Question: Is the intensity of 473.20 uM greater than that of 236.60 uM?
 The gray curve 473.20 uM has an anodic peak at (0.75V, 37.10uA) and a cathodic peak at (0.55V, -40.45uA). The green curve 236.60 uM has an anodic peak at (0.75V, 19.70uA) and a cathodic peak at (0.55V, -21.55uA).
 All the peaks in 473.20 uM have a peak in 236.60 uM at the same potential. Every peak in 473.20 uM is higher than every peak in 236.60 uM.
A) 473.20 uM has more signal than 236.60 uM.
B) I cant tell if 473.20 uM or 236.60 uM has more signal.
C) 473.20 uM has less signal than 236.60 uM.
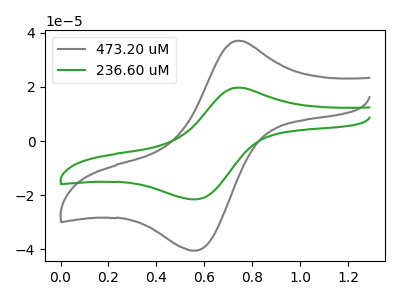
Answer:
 <answer>A) "473.20 uM" has more signal than "236.60 uM".</answer>
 <eval>A</eval>